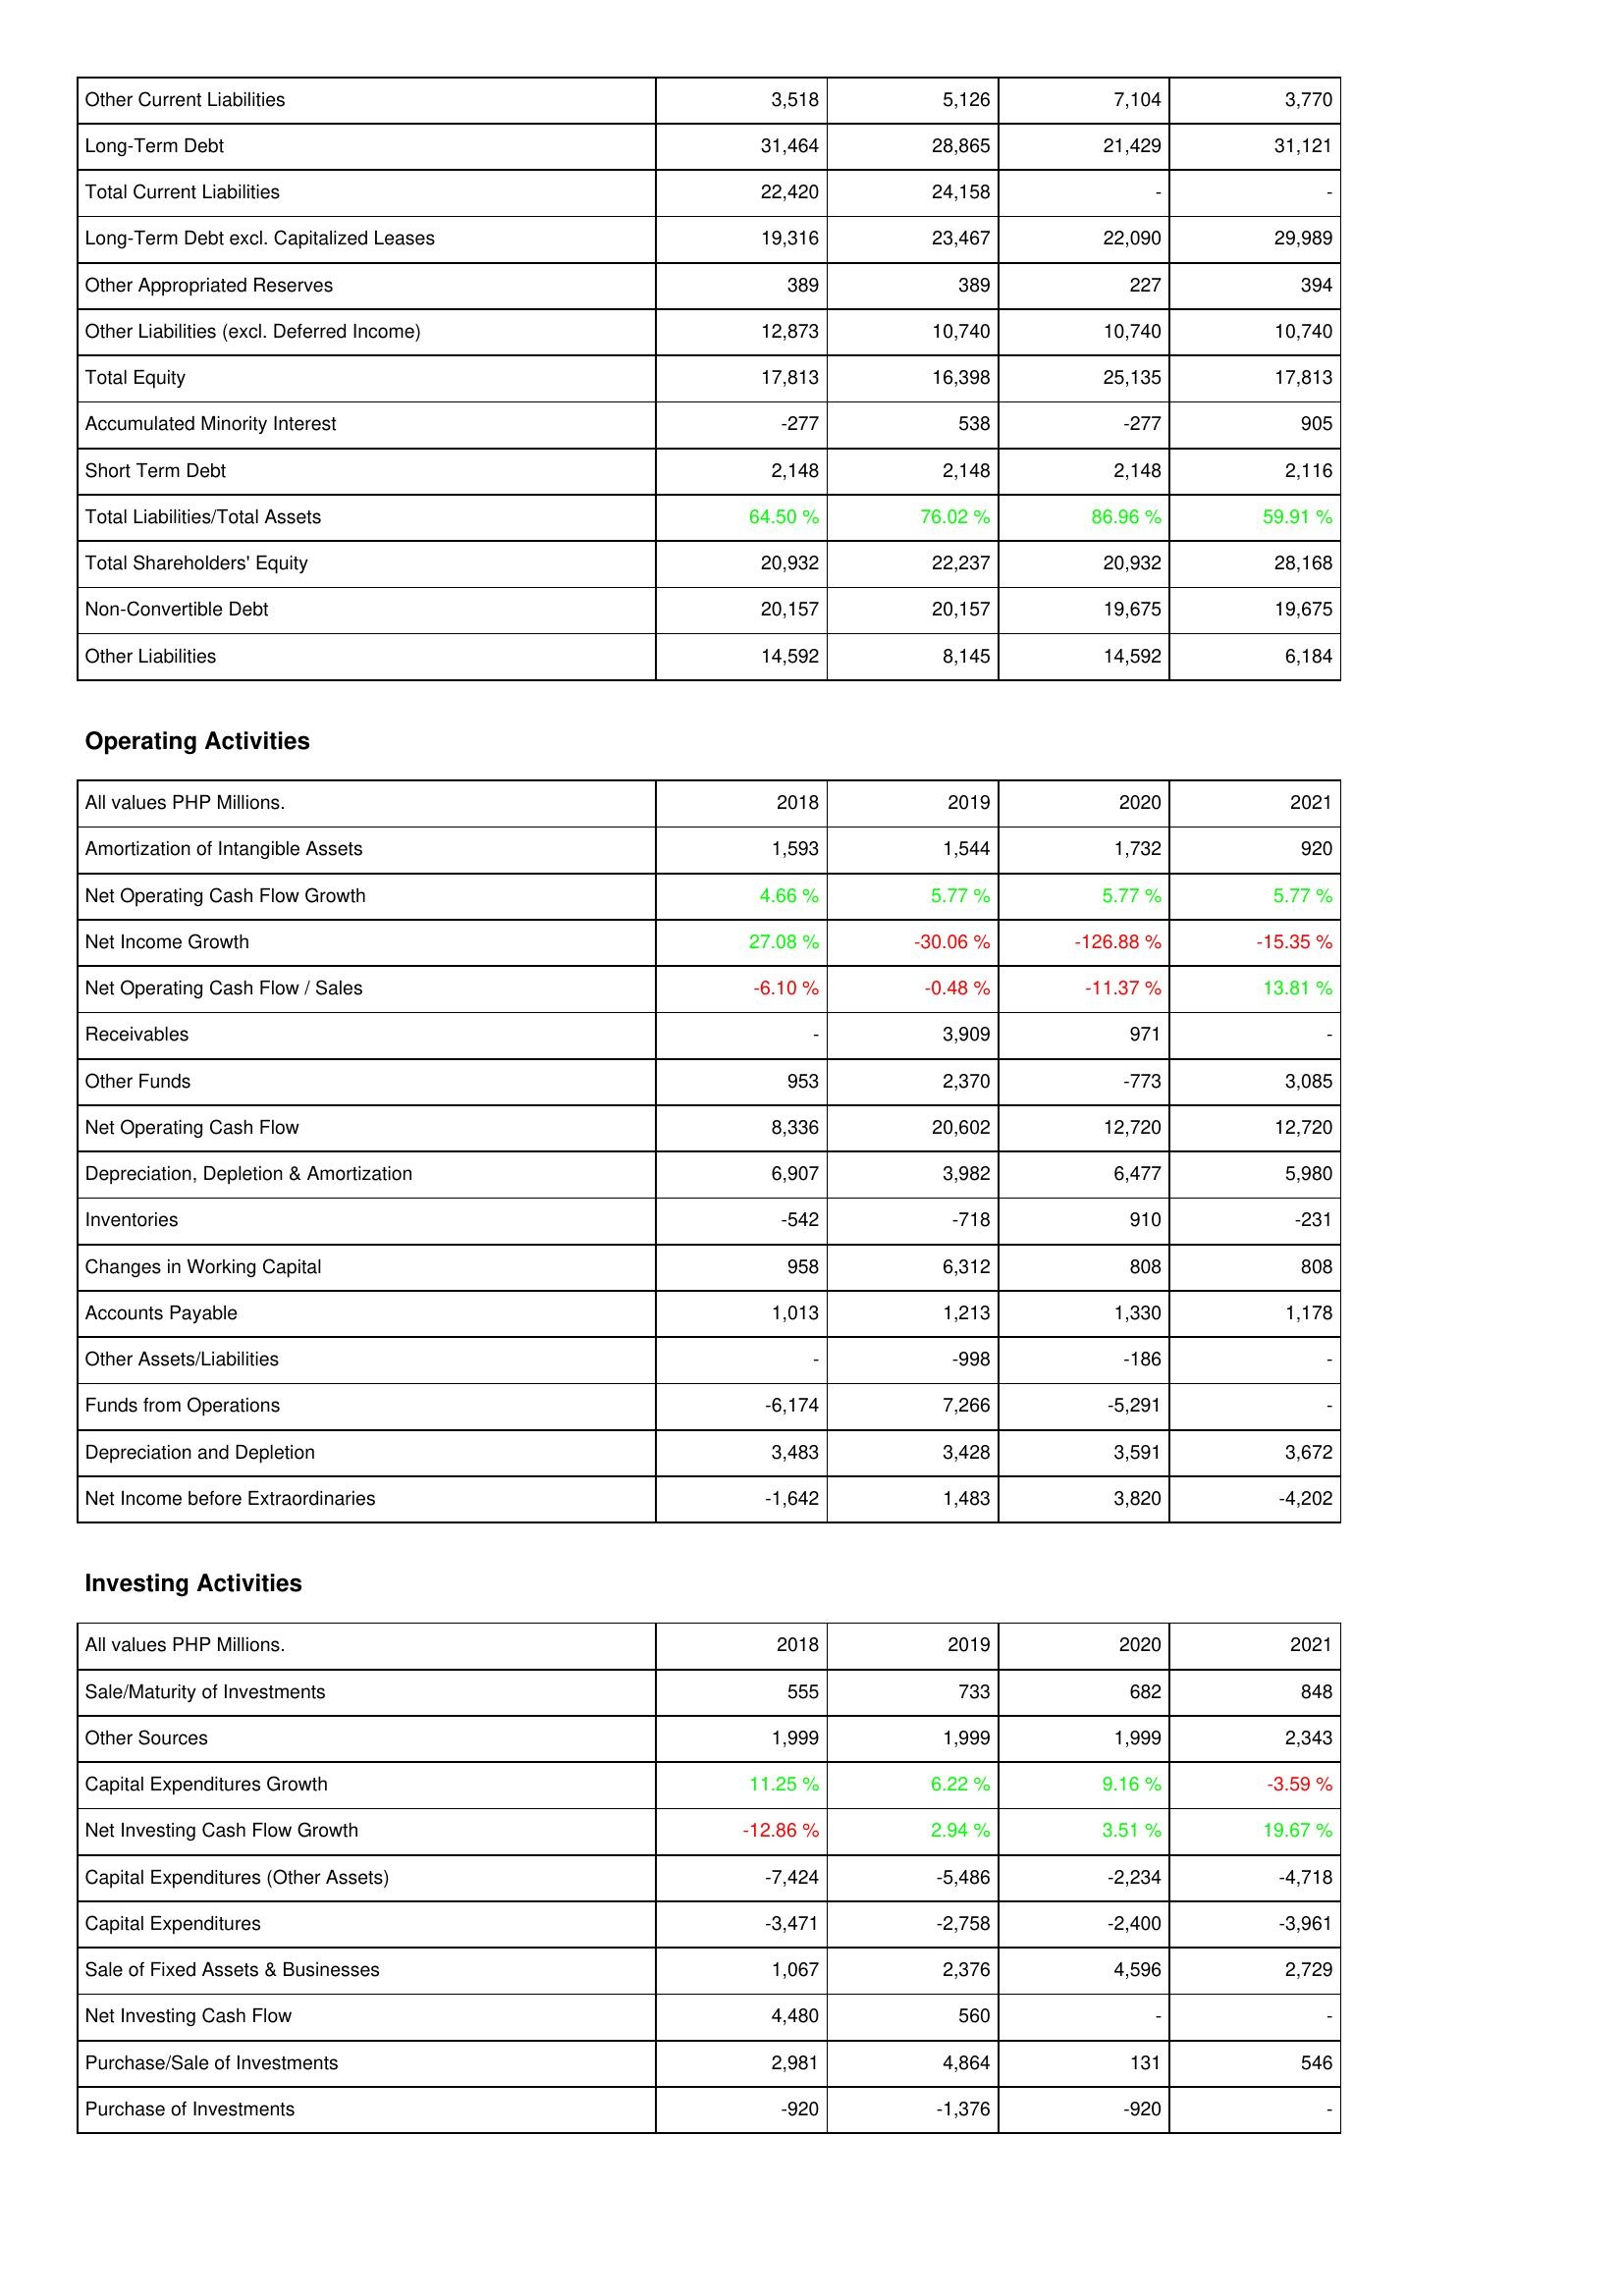
2018: Liabilities & Shareholders' Equity: Other Current Liabilities: 3,518
Long-Term Debt: 31,464
Total Current Liabilities: 22,420
Long-Term Debt excl. Capitalized Leases: 19,316
Other Appropriated Reserves: 389
Other Liabilities (excl. Deferred Income): 12,873
Total Equity: 17,813
Accumulated Minority Interest: -277
Short Term Debt: 2,148
Total Liabilities/Total Assets: 64.50 %
Total Shareholders' Equity: 20,932
Non-Convertible Debt: 20,157
Other Liabilities: 14,592
Operating Activities: Amortization of Intangible Assets: 1,593
Net Operating Cash Flow Growth: 4.66 %
Net Income Growth: 27.08 %
Net Operating Cash Flow / Sales: -6.10 %
Receivables: -
Other Funds: 953
Net Operating Cash Flow: 8,336
Depreciation, Depletion & Amortization: 6,907
Inventories: -542
Changes in Working Capital: 958
Accounts Payable: 1,013
Other Assets/Liabilities: -
Funds from Operations: -6,174
Depreciation and Depletion: 3,483
Net Income before Extraordinaries: -1,642
Investing Activities: Sale/Maturity of Investments: 555
Other Sources: 1,999
Capital Expenditures Growth: 11.25 %
Net Investing Cash Flow Growth: -12.86 %
Capital Expenditures (Other Assets): -7,424
Capital Expenditures: -3,471
Sale of Fixed Assets & Businesses: 1,067
Net Investing Cash Flow: 4,480
Purchase/Sale of Investments: 2,981
Purchase of Investments: -920
2019: Liabilities & Shareholders' Equity: Other Current Liabilities: 5,126
Long-Term Debt: 28,865
Total Current Liabilities: 24,158
Long-Term Debt excl. Capitalized Leases: 23,467
Other Appropriated Reserves: 389
Other Liabilities (excl. Deferred Income): 10,740
Total Equity: 16,398
Accumulated Minority Interest: 538
Short Term Debt: 2,148
Total Liabilities/Total Assets: 76.02 %
Total Shareholders' Equity: 22,237
Non-Convertible Debt: 20,157
Other Liabilities: 8,145
Operating Activities: Amortization of Intangible Assets: 1,544
Net Operating Cash Flow Growth: 5.77 %
Net Income Growth: -30.06 %
Net Operating Cash Flow / Sales: -0.48 %
Receivables: 3,909
Other Funds: 2,370
Net Operating Cash Flow: 20,602
Depreciation, Depletion & Amortization: 3,982
Inventories: -718
Changes in Working Capital: 6,312
Accounts Payable: 1,213
Other Assets/Liabilities: -998
Funds from Operations: 7,266
Depreciation and Depletion: 3,428
Net Income before Extraordinaries: 1,483
Investing Activities: Sale/Maturity of Investments: 733
Other Sources: 1,999
Capital Expenditures Growth: 6.22 %
Net Investing Cash Flow Growth: 2.94 %
Capital Expenditures (Other Assets): -5,486
Capital Expenditures: -2,758
Sale of Fixed Assets & Businesses: 2,376
Net Investing Cash Flow: 560
Purchase/Sale of Investments: 4,864
Purchase of Investments: -1,376
2020: Liabilities & Shareholders' Equity: Other Current Liabilities: 7,104
Long-Term Debt: 21,429
Total Current Liabilities: -
Long-Term Debt excl. Capitalized Leases: 22,090
Other Appropriated Reserves: 227
Other Liabilities (excl. Deferred Income): 10,740
Total Equity: 25,135
Accumulated Minority Interest: -277
Short Term Debt: 2,148
Total Liabilities/Total Assets: 86.96 %
Total Shareholders' Equity: 20,932
Non-Convertible Debt: 19,675
Other Liabilities: 14,592
Operating Activities: Amortization of Intangible Assets: 1,732
Net Operating Cash Flow Growth: 5.77 %
Net Income Growth: -126.88 %
Net Operating Cash Flow / Sales: -11.37 %
Receivables: 971
Other Funds: -773
Net Operating Cash Flow: 12,720
Depreciation, Depletion & Amortization: 6,477
Inventories: 910
Changes in Working Capital: 808
Accounts Payable: 1,330
Other Assets/Liabilities: -186
Funds from Operations: -5,291
Depreciation and Depletion: 3,591
Net Income before Extraordinaries: 3,820
Investing Activities: Sale/Maturity of Investments: 682
Other Sources: 1,999
Capital Expenditures Growth: 9.16 %
Net Investing Cash Flow Growth: 3.51 %
Capital Expenditures (Other Assets): -2,234
Capital Expenditures: -2,400
Sale of Fixed Assets & Businesses: 4,596
Net Investing Cash Flow: -
Purchase/Sale of Investments: 131
Purchase of Investments: -920
2021: Liabilities & Shareholders' Equity: Other Current Liabilities: 3,770
Long-Term Debt: 31,121
Total Current Liabilities: -
Long-Term Debt excl. Capitalized Leases: 29,989
Other Appropriated Reserves: 394
Other Liabilities (excl. Deferred Income): 10,740
Total Equity: 17,813
Accumulated Minority Interest: 905
Short Term Debt: 2,116
Total Liabilities/Total Assets: 59.91 %
Total Shareholders' Equity: 28,168
Non-Convertible Debt: 19,675
Other Liabilities: 6,184
Operating Activities: Amortization of Intangible Assets: 920
Net Operating Cash Flow Growth: 5.77 %
Net Income Growth: -15.35 %
Net Operating Cash Flow / Sales: 13.81 %
Receivables: -
Other Funds: 3,085
Net Operating Cash Flow: 12,720
Depreciation, Depletion & Amortization: 5,980
Inventories: -231
Changes in Working Capital: 808
Accounts Payable: 1,178
Other Assets/Liabilities: -
Funds from Operations: -
Depreciation and Depletion: 3,672
Net Income before Extraordinaries: -4,202
Investing Activities: Sale/Maturity of Investments: 848
Other Sources: 2,343
Capital Expenditures Growth: -3.59 %
Net Investing Cash Flow Growth: 19.67 %
Capital Expenditures (Other Assets): -4,718
Capital Expenditures: -3,961
Sale of Fixed Assets & Businesses: 2,729
Net Investing Cash Flow: -
Purchase/Sale of Investments: 546
Purchase of Investments: -